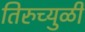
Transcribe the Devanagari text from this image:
तिरुच्युळी